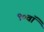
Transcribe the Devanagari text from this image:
९०वॉ